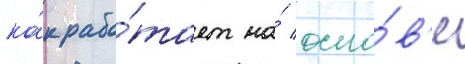
ка́к рабо́тает на́ осно́в'е